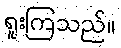
ရူးကြသည်။